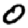
Digit: 0